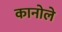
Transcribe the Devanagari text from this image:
कानोले